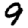
Digit: 9